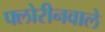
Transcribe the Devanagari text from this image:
फ्लोरीनवाले